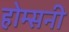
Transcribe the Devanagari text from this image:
होम्सनी